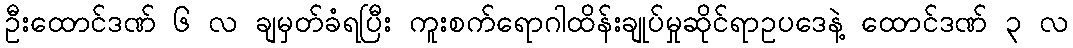
ဦးထောင်ဒဏ် ၆ လ ချမှတ်ခံရပြီး ကူးစက်ရောဂါထိန်းချုပ်မှုဆိုင်ရာဥပဒေနဲ့ ထောင်ဒဏ် ၃ လ